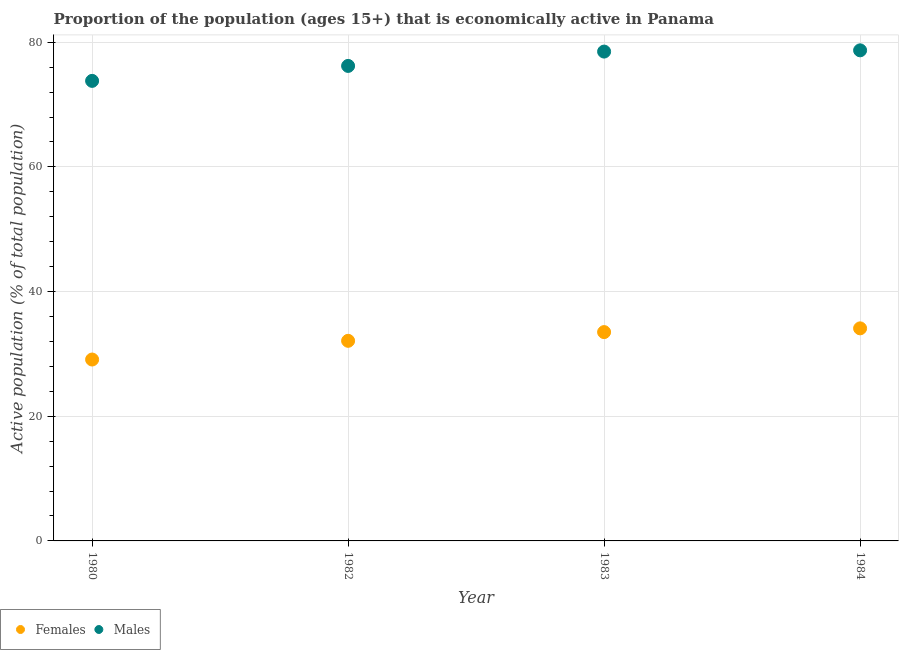
| Year | Females | Males |
 | --- | --- | --- |
 | 1980 | 29.1 | 73.8 |
 | 1982 | 32.1 | 76.2 |
 | 1983 | 33.5 | 78.5 |
 | 1984 | 34.1 | 78.7 |